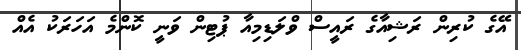
އޭގެ ކުރިން ރަޝިއާގެ ރައީސް ވްލަޑިމިއާ ޕުޓިން ވަނީ ކޮންމެ އަހަރަކު އެއް